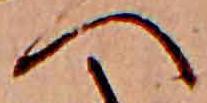
へ